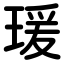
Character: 瑗